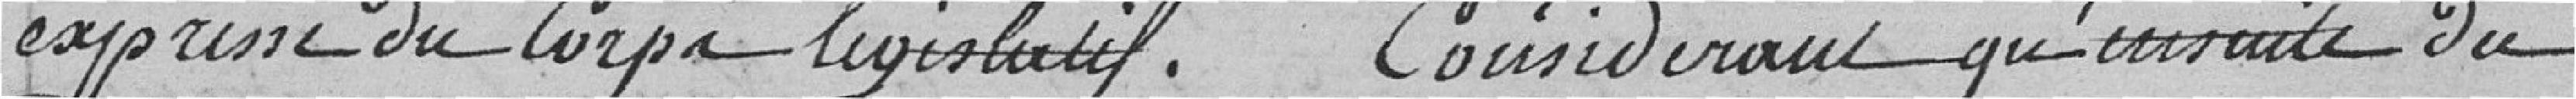
expresse du corps législatif. Considérant qu'ensuite du